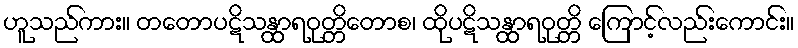
ဟူသည်ကား။ တတောပဋိသန္ထာရဝုတ္တိတောစ၊ ထိုပဋိသန္ထာရဝုတ္တိ ကြောင့်လည်းကောင်း။